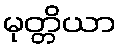
မုတ္တိယာ